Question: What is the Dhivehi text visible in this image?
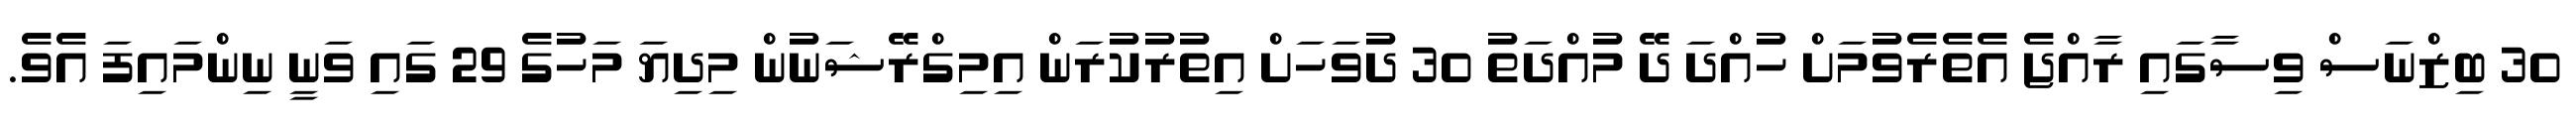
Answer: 30 ބިޒްނަސް ވިސާގައި ރާއްޖެ އެތެރެވުމަށް ހުއްދަ ދޭ މުއްދަތު 30 ދުވަހަށް އިތުރުކުރަން އިމިގްރޭޝަނުން މިދިޔަ މަހުގެ 29 ގައި ވަނީ ނިންމައިފަ އެވެ.